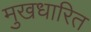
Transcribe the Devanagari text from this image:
मुखधारित